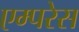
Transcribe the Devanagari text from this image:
एम्परेस